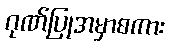
ဂုဏ်ပြုအမှာစကား